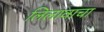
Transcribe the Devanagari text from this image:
लिलावाचा